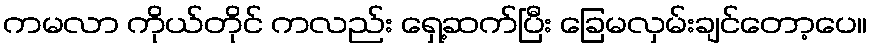
ကမလာ ကိုယ်တိုင် ကလည်း ရှေ့ဆက်ပြီး ခြေမလှမ်းချင်တော့ပေ။